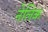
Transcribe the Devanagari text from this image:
नेलिक